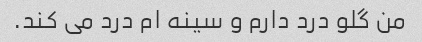
من گلو درد دارم و سینه ام درد می کند.